Annual administration and progress report of the Indian Medical Department, Bombay
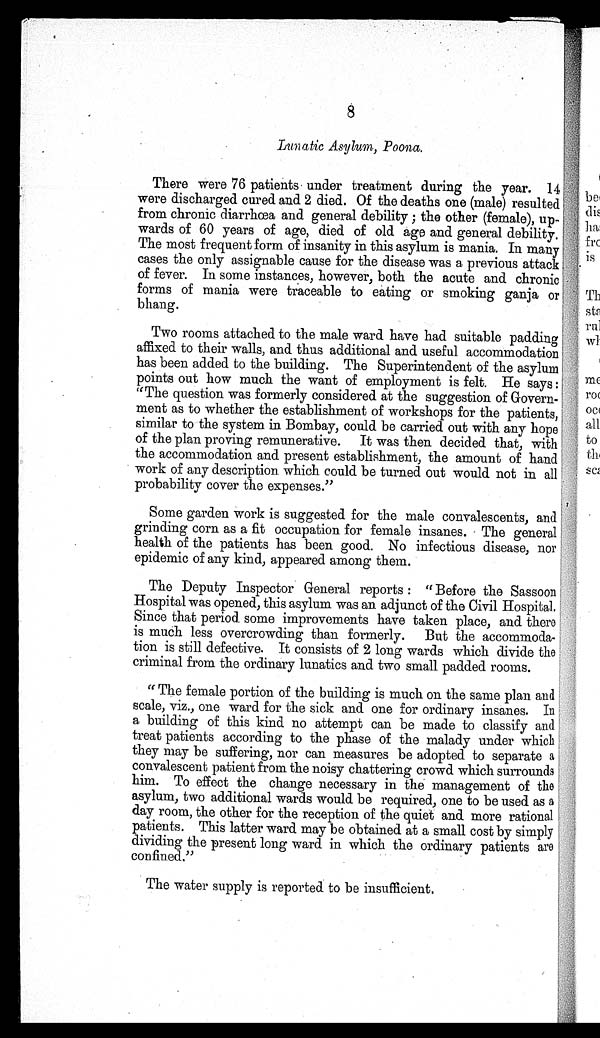
8
Lunatic Asylum, Poona.
There were 76 patients under treatment during the year. 14
were discharged cured and 2 died. Of the deaths one (male) resulted
from chronic diarrhœa and general debility ; the other (female), up-
wards of 60 years of age, died of old age and general debility.
The most frequent form of insanity in this asylum is mania. In many
cases the only assignable cause for the disease was a previous attack
of fever. In some instances, however, both the acute and chronic
forms of mania were traceable to eating or smoking ganja or
bhang.
Two rooms attached to the male ward have had suitable padding
affixed to their walls, and thus additional and useful accommodation
has been added to the building. The Superintendent of the asylum
points out how much the want of employment is felt. He says :
"The question was formerly considered at the suggestion of Govern-
ment as to whether the establishment of workshops for the patients,
similar to the system in Bombay, could be carried out with any hope
of the plan proving remunerative. It was then decided that, with
the accommodation and present establishment, the amount of hand
work of any description which could be turned out would not in all
probability cover the expenses."
Some garden work is suggested for the male convalescents, and
grinding corn as a fit occupation for female insanes. The general
health of the patients has been good. No infectious disease, nor
epidemic of any kind, appeared among them.
The Deputy Inspector General reports : "Before the Sassoon
Hospital was opened, this asylum was an adjunct of the Civil Hospital.
Since that period some improvements have taken place, and there
is much less overcrowding than formerly. But the accommoda-
tion is still defective. It consists of 2 long wards which divide the
criminal from the ordinary lunatics and two small padded rooms.
" The female portion of the building is much on the same plan and
scale, viz., one ward for the sick and one for ordinary insanes. In
a building of this kind no attempt can be made to classify and
treat patients according to the phase of the malady under which
they may be suffering, nor can measures be adopted to separate a
convalescent patient from the noisy chattering crowd which surrounds
him. To effect the change necessary in the management of the
asylum, two additional wards would be required, one to be used as a
day room, the other for the reception of the quiet and more rational
patients. This latter ward may be obtained at a small cost by simply
dividing the present long ward in which the ordinary patients are
confined."
The water supply is reported to be insufficient.